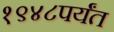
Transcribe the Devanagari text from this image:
१९४८पर्यंत